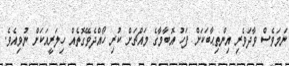
ނަމަވެސް ވާދަވެރި އިންތިޙާބަކަށް ފަހު އޮބާމާގެ މައްޗަށް ކުރި ހޯއްދެވޭގޮތެއް ހިލަރީއަކަށް ނުވިއެވެ.